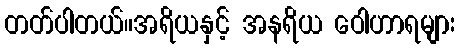
တတ်ပါတယ်။အရိယနှင့် အနရိယ ဝေါဟာရများ